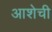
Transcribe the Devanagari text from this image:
आशेची